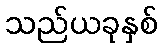
သည်ယခုနှစ်